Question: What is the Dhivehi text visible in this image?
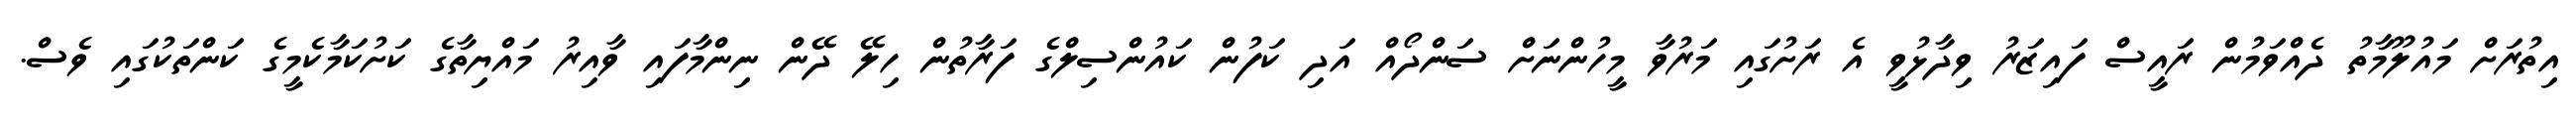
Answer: އިތުރަށް މައުލޫމާތު ދެއްވަމުން ރައީސް ފައިޒަރު ވިދާޅުވީ އެ ރަށުގައި މަރުވާ މީހުންނަށް ސަންދޯއް އަދި ކަފުން ކައުންސިލްގެ ފަރާތުން ހިލޭ ދޭން ނިންމާފައި ވާއިރު މައްޔިތާގެ ކަށުކަމާކެމީގެ ކަންތަކުގައި ވެސް.